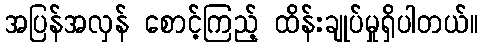
အပြန်အလှန် စောင့်ကြည့် ထိန်းချုပ်မှုရှိပါတယ်။